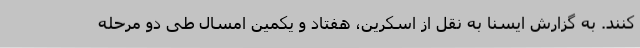
کنند. به گزارش ایسنا به نقل از اسکرین، هفتاد و یکمین امسال طی دو مرحله